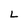
Character: L